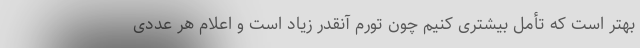
بهتر است که تأمل بیشتری کنیم چون تورم آنقدر زیاد است و اعلام هر عددی